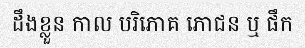
ដឹងខ្លួន កាល បរិភោគ ភោជន ឬ ផឹក